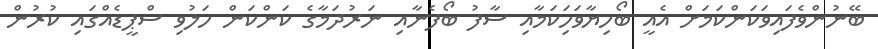
ބޭނުންވެފައިވަކަންކަމަށް އެއީ ބޯހިޔާވަހަިކަމާއި ސާފު ބޯފެނާއި ނަރުދަމާގެ ކަންކަން ހަލުވި ސްޕީޑެއްގައި ކުރުން